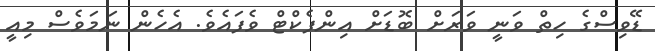
ޑޭވިސްގެ ހިތް ވަނީ ވަރަށް ބޮޑަށް އިންފެކްޓް ވެފައެވެ. އެހެން ނަމަވެސް މިއީ